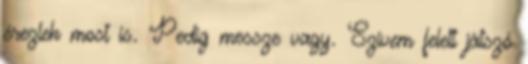
érezlek most is. Pedig messze vagy. Szívem felett játszó